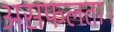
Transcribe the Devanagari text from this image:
असफलता।